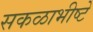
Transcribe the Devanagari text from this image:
सकळाभीष्टे